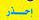
إحدر